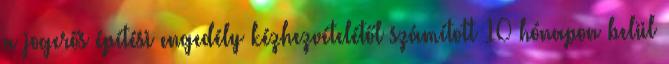
a jogerős építési engedély kézhezvételétől számított 10 hónapon belül